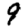
Digit: 9